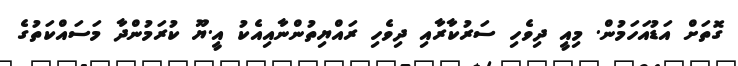
ގޮތަށް އަޑުއަހަމުން. މިއީ ދިވެހި ސަރުކާރާއި ދިވެހި ރައްޔިތުންނާއިއެކު އީ.ޔޫ ކުރަމުންދާ މަސައްކަތުގެ